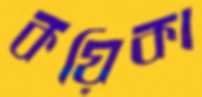
কয়িকা